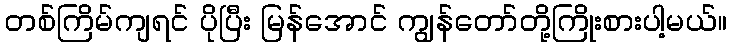
တစ်ကြိမ်ကျရင် ပိုပြီး မြန်အောင် ကျွန်တော်တို့ကြိုးစားပါ့မယ်။